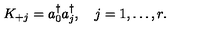
K _ { + j } = a _ { 0 } ^ { \dagger } a _ { j } ^ { \dagger } , \quad j = 1 , \ldots , r .